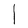
Character: I